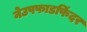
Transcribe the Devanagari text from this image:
नेउपफाडफिंदर